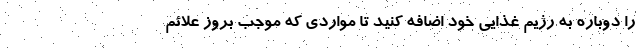
را دوباره به رژیم غذایی خود اضافه کنید تا مواردی که موجب بروز علائم